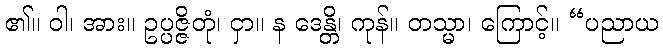
၏။ ဝါ၊ အား။ ဥပ္ပဇ္ဇိတုံ၊ ငှာ။ န ဒေန္တိ၊ ကုန်။ တသ္မာ၊ ကြောင့်။ “ပညာယ